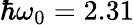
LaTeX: \hbar\omega_{0}=2.31